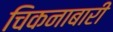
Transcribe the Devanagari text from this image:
चिकनाबारी